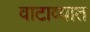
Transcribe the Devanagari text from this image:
वाटाव्यात